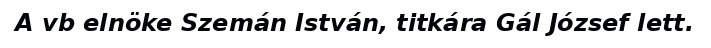
A vb elnöke Szemán István, titkára Gál József lett.